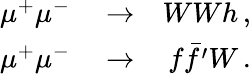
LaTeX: \begin{array}{rlr}{\mu^{+}\mu^{-}}&{{}\to}&{WWh\, ,}\\ {\mu^{+}\mu^{-}}&{{}\to}&{f\bar{f^{\prime}}W\, .}\end{array}